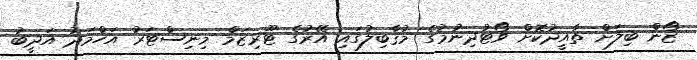
ޒޯން ބިލަށް ތާއީދުކޮށް ވޯޓުދިނުމުގެ މުޤާބިލުގައި އޭރުގެ ޓޫރިޒަމް މިނިސްޓަރު އަހްމަދު އަދީބު